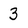
Character: 3